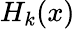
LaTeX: H_{k}(x)